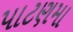
પાટણમા